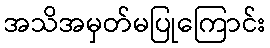
အသိအမှတ်မပြုကြောင်း